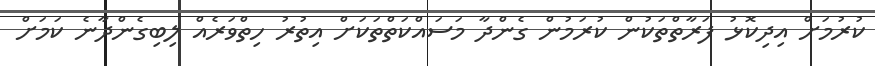
ކުރުމަށް އިދިކޮޅު ފަރާތްތަކުން ކުރަމުން ގެންދާ މަސައްކަތްތަކަށް އިތުރު ހިތްވަރެއް ލިބިގެންދާނެ ކަމަށް